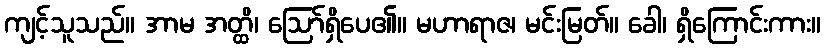
ကျင့်သူသည်။ အာမ အတ္ထိ၊ ဩော်ရှိပေ၏။ မဟာရာဇ၊ မင်းမြတ်။ ခေါ၊ ရှိကြောင်းကား။